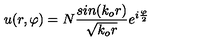
u ( r , \varphi ) = N \frac { s i n ( k _ { o } r ) } { \sqrt { k _ { o } r } } e ^ { i \frac { \varphi } { 2 } }